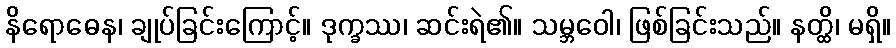
နိရောဓေန၊ ချုပ်ခြင်းကြောင့်။ ဒုက္ခဿ၊ ဆင်းရဲ၏။ သမ္ဘဝေါ၊ ဖြစ်ခြင်းသည်။ နတ္ထိ၊ မရှိ။